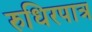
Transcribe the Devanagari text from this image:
रुधिरपात्र